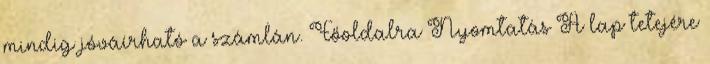
mindig jóváírható a számlán. Főoldalra Nyomtatás A lap tetejére